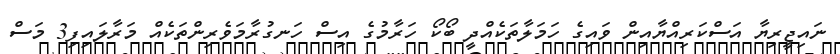
ނައިޖީރިޔާ އަސްކަރިއްޔާއިން ވައިގެ ހަމަލާތަކެއްދީ ބޯކޯ ހަރާމުގެ އިސް ހަނގުރާމަވެރިންތަކެއް މަރާލައިފި3 މަސް